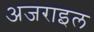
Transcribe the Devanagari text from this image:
अजराइल